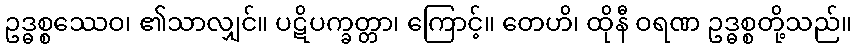
ဥဒ္ဓစ္စဿေဝ၊ ၏သာလျှင်။ ပဋိပက္ခတ္တာ၊ ကြောင့်။ တေဟိ၊ ထိုနီ ဝရဏ ဥဒ္ဓစ္စတို့သည်။